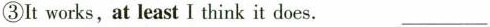
③It works,at least I think it does. ___